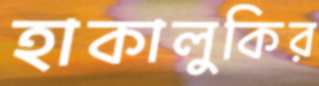
হাকালুকির